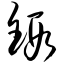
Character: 锻